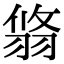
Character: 𦐻